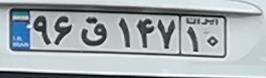
۹۶ق۱۴۷۱۰